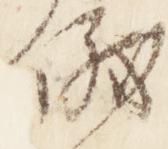
儀